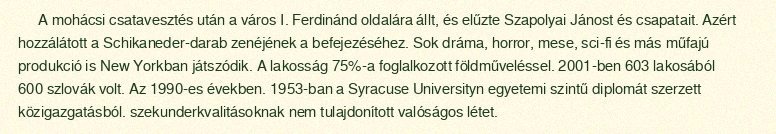
A mohácsi csatavesztés után a város I. Ferdinánd oldalára állt, és elűzte Szapolyai Jánost és csapatait. Azért hozzálátott a Schikaneder-darab zenéjének a befejezéséhez. Sok dráma, horror, mese, sci-fi és más műfajú produkció is New Yorkban játszódik. A lakosság 75%-a foglalkozott földműveléssel. 2001-ben 603 lakosából 600 szlovák volt. Az 1990-es években. 1953-ban a Syracuse Universityn egyetemi szintű diplomát szerzett közigazgatásból. szekunderkvalitásoknak nem tulajdonított valóságos létet.